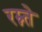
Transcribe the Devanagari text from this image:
रम्न्ते